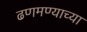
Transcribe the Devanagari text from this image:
ढणमण्याच्या